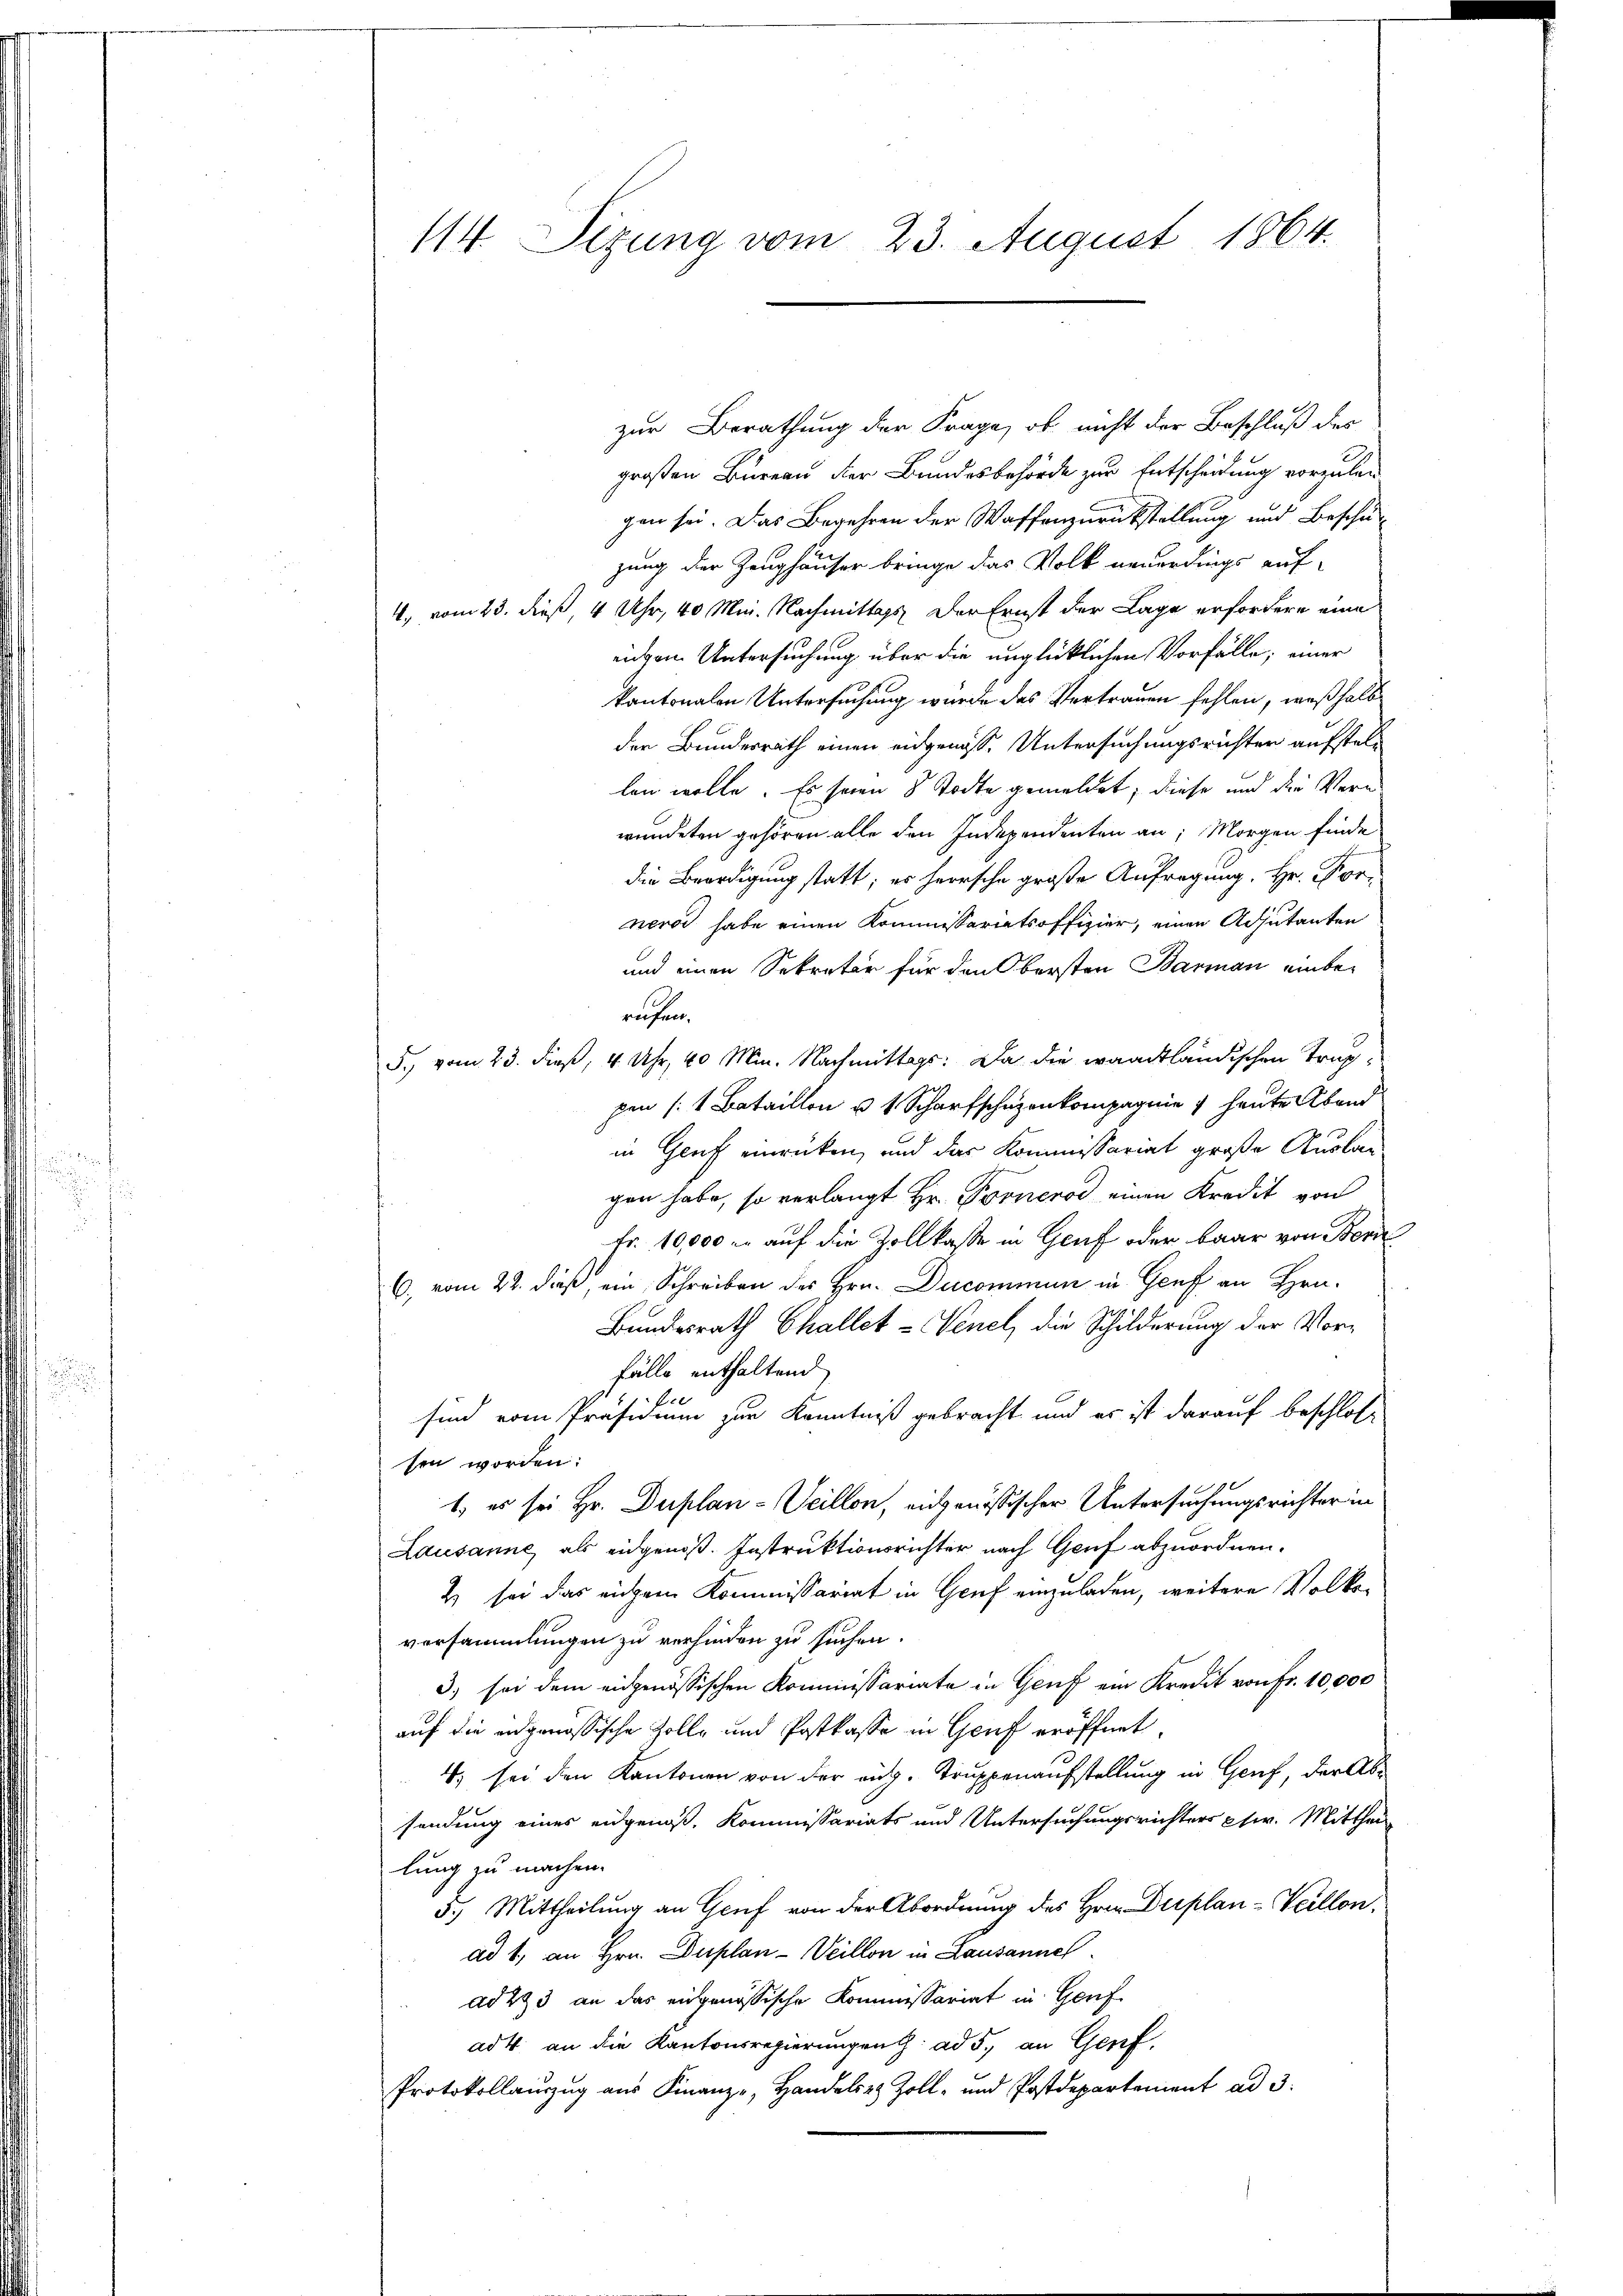
114. Sizung vom 23. August 1864.

zur Berathung der Frage, ob nicht der Beschluß des
großen Bureau der Bundesbehörde zur Entscheidung vorzulen
gen sei. Das Begehren der Waffen zurückstellung und Beschuzung der Zeughäuser bringe das Volk neuerdings auf-
4., vom 23. dieß 4 Uhr, 40 Min. Nachmittags der Ernst der Lage erfordern eine
eiden Untersuchung über die unglücklichen Vorfälle, einer
kantonalen Untersuchung wurde das Vertrauen fehlen, weßhalb
der Bundesrath einen eidgenoße Untersuchungsrichten aufstellen wolle. Es seien 8 Todte gemeldet, diese und die Vern
wundeten gehören alle den Independenten an: Morgen finde
die Beerdigung statt; es herrsche große Anfragung, Hr. Forneros habe einen Kommissariatsoffizier, einen Adjutanten
und einen Sekretär für den Obersten Barmann einberechen.
5., vom 23. dieß, 4 Uhr, 40 Min. Nachmittags. Da die waadtländischen Truppen /: 4 Bataillon u. 1 Scharfschuzenkompagnie heute Abend
in Genf einrücken, und das Kommissariat große Auslan
gen habe, so verlangt Hr. Fornenod einen Kredit von
Fr. 10,000 u. auf die Zollkasse in Gruf oder baar von Nord
C., vom 22. dieß, ein Schreiben des Hrn. Ducommun in Genf an Hrn.
Bundesrath Challet - Venel, die Schilderung der Vor¬
Fälle enthaltend
sind vom Präsidium zur Kenntniß gebracht, und es ist darauf beschlos
sen worden:
1.) es sei Hr. Duplan-Weillon, eidgenössischer Untersuchungsrichter in
Lausanne, als eidgenoß. Instruktionsrichter nach Genf abzuordnen.
2 sei das eichem Kommissariat in Genf einzuladen, weitere Volkoversammlungen zu verhinden zu suchen.
3) sei dem eidgenössischen Kommissariate in Genf ein Kredit von Fr. 10,000
auf die angenössische Zolle und Postkasse in Genf eröffnet.
4. sei den Kantonen von der aufg. Truppenaufstellung in Genf, der Absendung eines eidgenoß, Kommissariats und Untersuchungsrichters pr. Mitthei
lung zu machen.
5.) Mittheilung an Genf von der Abordnung des Hrn. Duplan-Veillon,
ad 1, an Hrn. Duplan-Weillon in Lausanneh
ad 273 an das eidgenössische Kommissariat in Genf
ad 4. an die Kantonsregierungen h. ad 5. an Genf,
Protokollauszug aus Finanze, Handels Zoll- und Postdepartement ad 3.